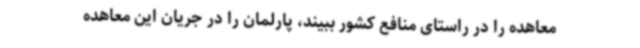
معاهده را در راستای منافع کشور ببیند، پارلمان را در جریان این معاهده